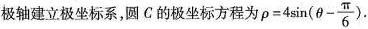
极轴建立极坐标系，圆C的极坐标方程为 $$ρ = 4 \sin ( θ - \frac { π } { 6 } )$$ .